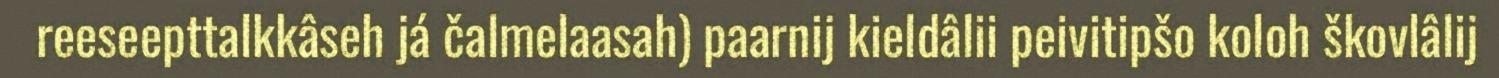
reeseepttalkkâseh já čalmelaasah) paarnij kieldâlii peivitipšo koloh škovlâlij